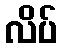
လိပ်